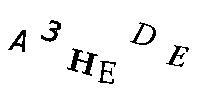
A3HEDE